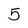
Character: 5